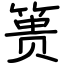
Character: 篑